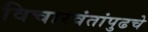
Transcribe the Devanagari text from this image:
विचारवंतांपुढचे